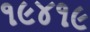
૧૯૪૧૯